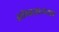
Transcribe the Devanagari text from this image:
शेषशय्या